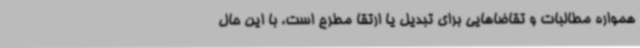
همواره مطالبات و تقاضاهایی برای تبدیل یا ارتقا مطرح است، با این حال